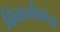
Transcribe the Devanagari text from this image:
विवानौकांना